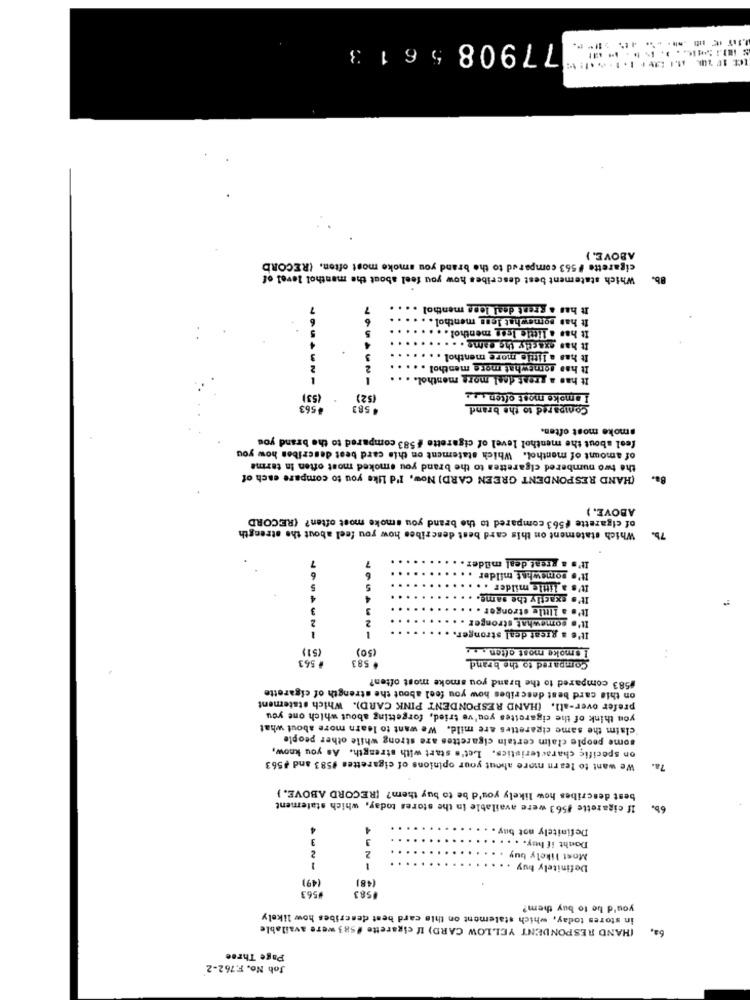
779085613
ABOVE. )
cigarette #563 compared to the brand you smoke most often. (RECORD
Which statement best describes how you feel about the menthol level of
Bb.
7
It has a great deal less menthol . . .
6
It has somewhat less menthol. .
It has a little ices menthol ....
5
It has exactly the came . . .
3
It has a little more menthol . .
2
2
It has somewhat more menthol .
It has a great deal more menthol. ...
(53)
(52)
I smoke most often
.563
.583
Compared to the brand
smoke most often.
feel about the menthol level of cigarette #583 compared to the brand you
of amount of menthol. Which statement on this card best describes how you
the two numbered cigarettes to the brand you smoked most often In terme
(HAND RESPONDENT GREEN CARD) Now, I'd Like you to compare each of
Ba.
ABOVE. )
of cigarette $563 compared to the brand you smoke most often? (RECORD
Which statement on this card best describes how you feel about the strength
It's a great deal milde
7
7
6
6
It's somewhat milder
5
5
.
It's a little milder . .
4
4
.
It's sxactly the same.
3
3
It's a Little stronger .
2
2
.
It's somewhat stronger
It's a great deal stronge
(51)
(50)
1 smoke most often . . .
. 583
Compared to the brand
# 563
#583 compared to the brand you smoke most often?
on this card best describes how you feel about the strength of cigarette
prefer over-all. (HAND RESPONDENT PINK CARD). Which statement
you think of the cigarettes you've tried, forgetting about which one you
claim the same cigarettes are mild. We want to learn more about what
some people claim certain cigarettes are strong while other people
on specific characteristics. Let's start with strength. As you know,
We want to learn more about your opinions of cigarettes #583 and #563
best describes how likely you'd be to buy them? [RECORD ABOVE. }
If cigarette #563 were available in the stores today, which statement
6b.
4
Definitely not buy . .
3
3
Douht if huy. . . . ..
2
Most likely buy.
2
.........
Definitely buy . . . . .
(49)
(48)
563
#583
you'd be to buy them?
in stores today, which statement on this card best describes how likely
(HAND RESPONDENT YELLOW CARD) If cigarette #583 were available
6a,
Page Three
Job No. F.762-2